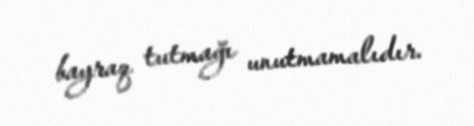
bayraq tutmağı unutmamalıdır.